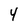
Character: 4